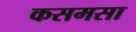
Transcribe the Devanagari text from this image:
कसमसा